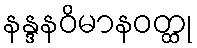
နန္ဒနဝိမာနဝတ္ထု